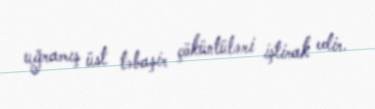
uğramış üst təbaşir çöküntüləri iştirak edir.